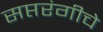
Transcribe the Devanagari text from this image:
सप्तरंगीचे